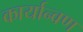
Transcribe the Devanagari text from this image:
कार्यान्वण